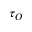
\tau _ { O }